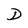
Character: D